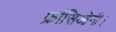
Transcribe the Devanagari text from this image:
फ्रांसिओनी।